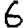
Digit: 6